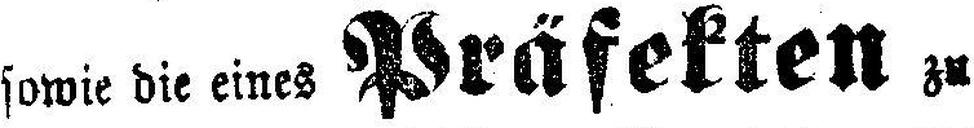
sowie die eines Präfekten zu besetzen.